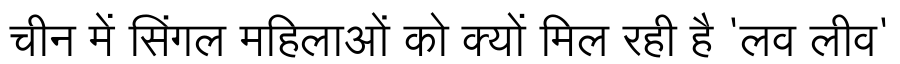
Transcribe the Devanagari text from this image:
चीन में सिंगल महिलाओं को क्यों मिल रही है 'लव लीव'